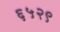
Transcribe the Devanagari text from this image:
६५२९